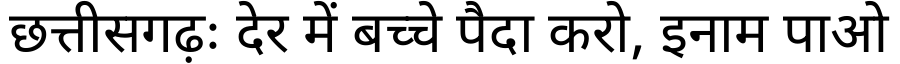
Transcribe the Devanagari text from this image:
छत्तीसगढ़ः देर में बच्चे पैदा करो, इनाम पाओ